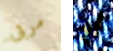
مربى أو